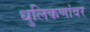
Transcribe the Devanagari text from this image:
धुलिकणांवर